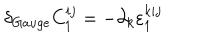
\delta _ { G a u g e } C _ { 1 } ^ { i j } = - \partial _ { k } \varepsilon _ { 1 } ^ { k i j }